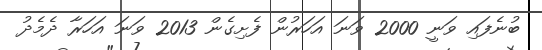
ބުނެފައި ވަނީ 2000 ވަނަ އަހަރުން ފެށިގެން 2013 ވަނަ އަހަރާ ދެމެދު